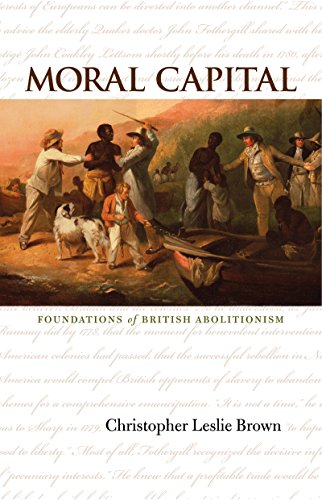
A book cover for Moral Capital: Foundations of British Abolitionism (Published for the Omohundro Institute of Early American History and Culture); Christopher Leslie Brown; History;